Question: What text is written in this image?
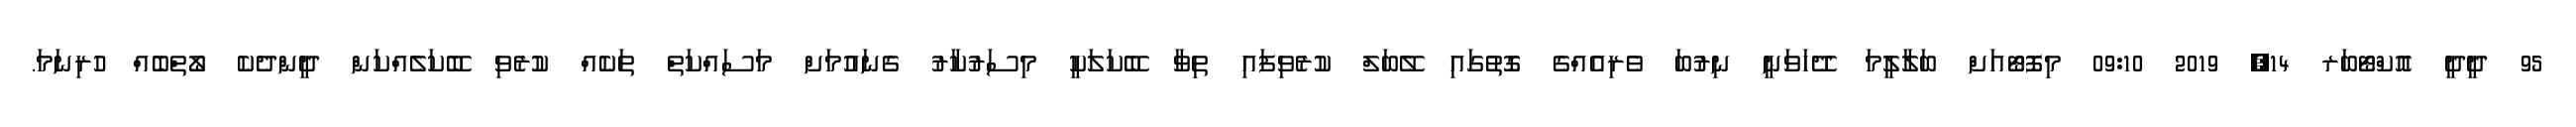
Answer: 95 ދީދީ އޮކްޓޯބަރ 14, 2019 09:10 މިފޮޓޯއަށް ބަލާލީމަ ދޭހަވަނީ ނިރުބަ ވެރިއެއްގެ ގޮތުގައި ލޭބަލް ކުރެވިފައި ތިވާ ބޭކަލަކީ މިސަރުކާރު ގެނައުމަށް މަސައްކަތް ތަކެއް ކުރެވި ބޭކަލެއްކަން ދީންދެކެ ލޯތްބެއް ހުރިނަމަ.